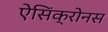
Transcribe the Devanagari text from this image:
ऐसिंक्रोनस